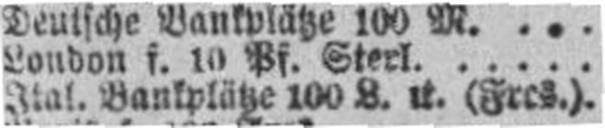
Ital. Bankplätye 100 L. u. (Frcs.)